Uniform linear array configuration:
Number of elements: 4
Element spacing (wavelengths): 0.5
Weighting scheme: binomial
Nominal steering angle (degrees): -60
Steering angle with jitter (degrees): -60.48
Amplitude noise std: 0.05
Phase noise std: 0.05

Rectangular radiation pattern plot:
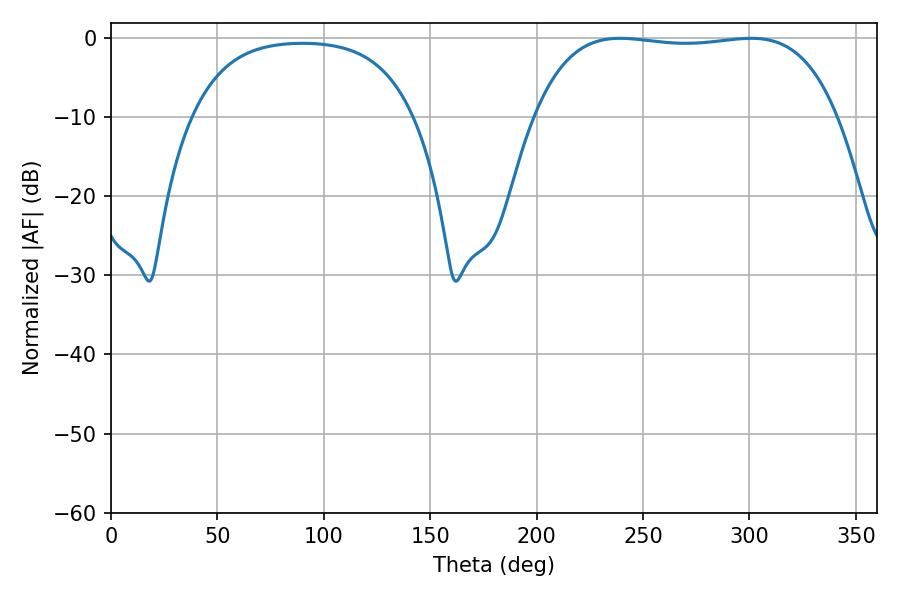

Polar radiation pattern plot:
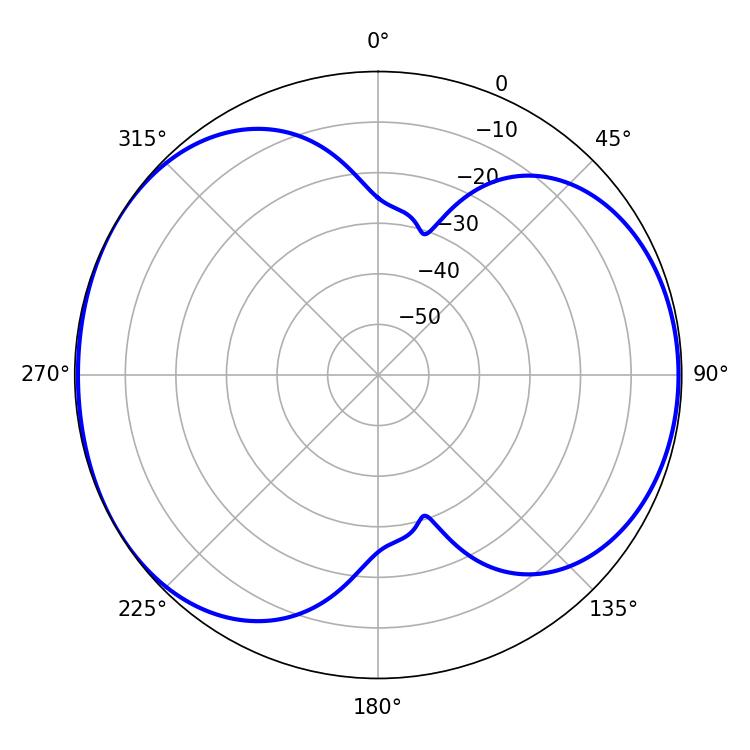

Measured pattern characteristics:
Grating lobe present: FALSE
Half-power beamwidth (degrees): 112.68
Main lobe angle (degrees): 239.22